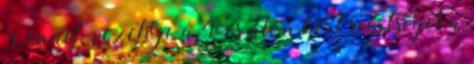
is, ennek vezetője a 4-es úton kért segítséget a